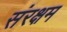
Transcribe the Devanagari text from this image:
संरक्षम